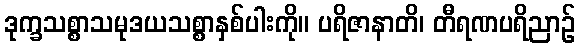
ဒုက္ခသစ္စာသမုဒယသစ္စာနှစ်ပါးကို။ ပရိဇာနာတိ၊ တီရဏပရိညာဉ်